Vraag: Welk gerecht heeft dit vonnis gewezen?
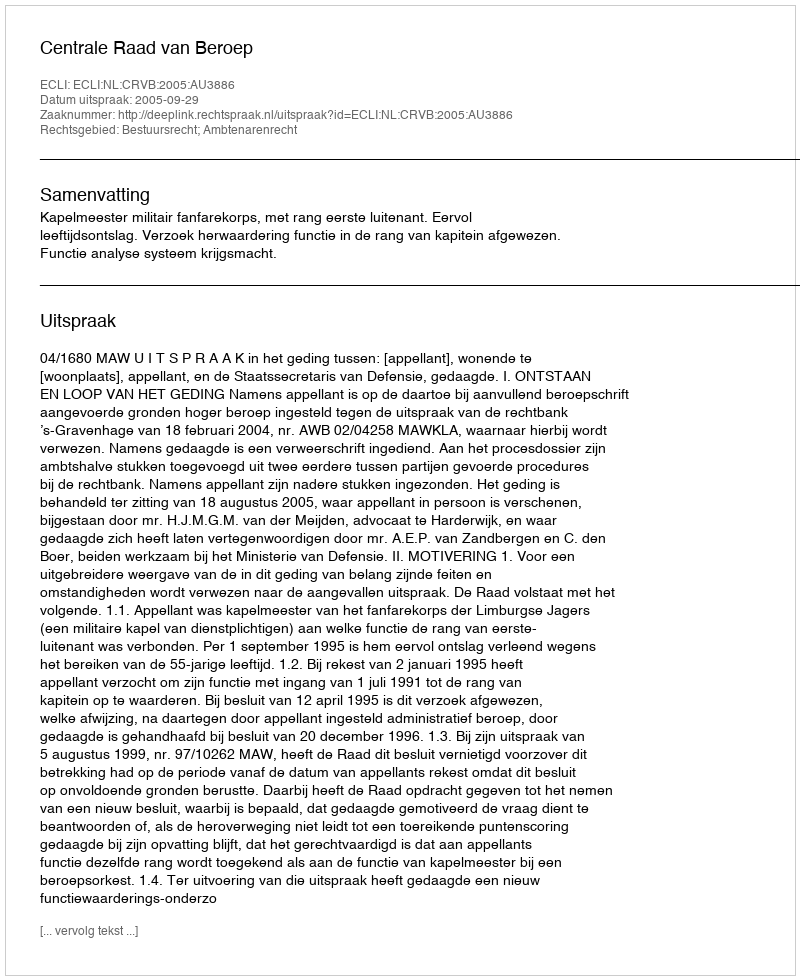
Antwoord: Centrale Raad van Beroep